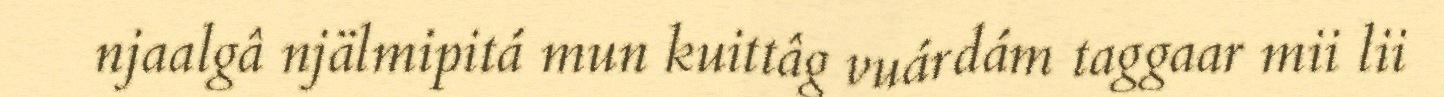
njaalgâ njälmipitá mun kuittâg vuárdám taggaar mii lii